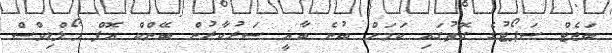
ބަޖެޓް ސަޕޯޓުގެ ގޮތުގައި ކަމަށް ބުނެ ބާޣީ ސަރުކާރުން ބޭންކް އޮފް މޯލްޑިވްސް